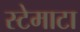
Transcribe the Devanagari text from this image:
स्टेमाटा